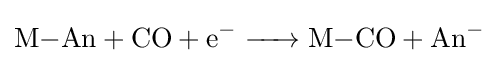
{\ce {M-An + CO + e- -> M-CO + An^-}}